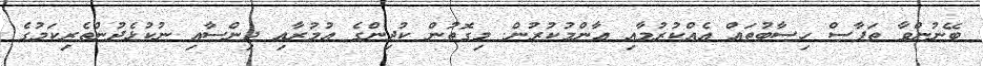
ބޭނުންވާ ތަފާސް ހިސާބުތައް އެއްކުރުމާއި ޢާންމުކުރުން. މިގޮތުން ކުދިންގެ އުމުރާއި ޖިންސާއި ނުކުޅެދުންތެރިކަމުގެ